Report of the Indian Hemp Drugs Commission, 1894-1895 - Volume IV
Year: 1894
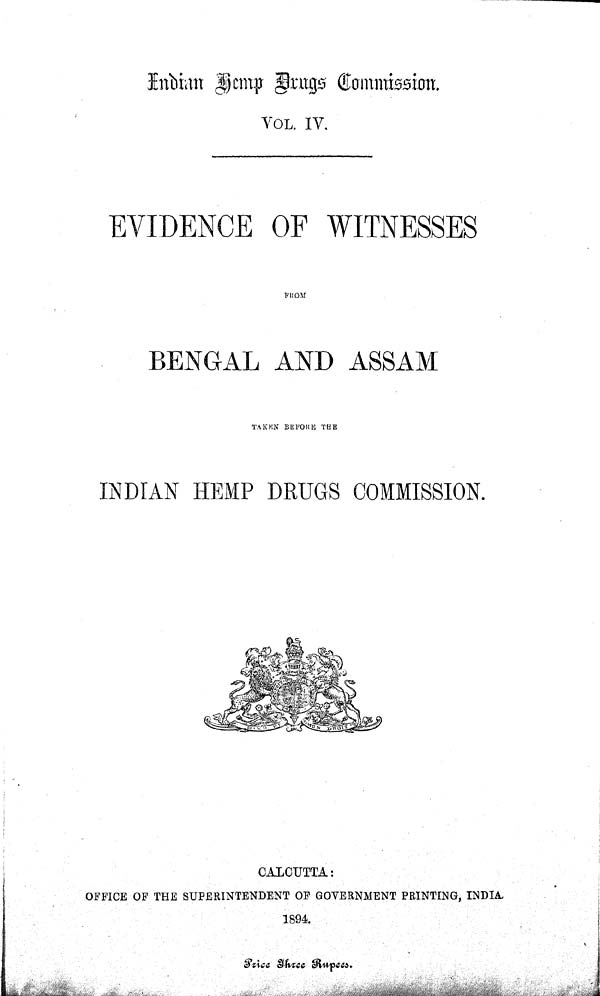
Indian Hemp Drugs Commission.
VOL. IV.
EVIDENCE OF WITNESSES
FROM
BENGAL AND ASSAM
TAKEN BEFORE THE
INDIAN HEMP DRUGS COMMISSION.
CALCUTTA:
OFFICE OF THE SUPERINTENDENT OF GOVERNMENT PRINTING, INDIA
1894.
Price Three Rupees.